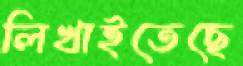
লিখাইতেছে